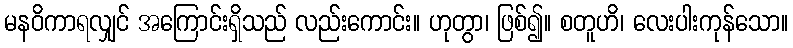
မနဝိကာရလျှင် အကြောင်းရှိသည် လည်းကောင်း။ ဟုတွာ၊ ဖြစ်၍။ စတူဟိ၊ လေးပါးကုန်သော။